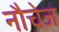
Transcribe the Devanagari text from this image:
नौचेज